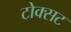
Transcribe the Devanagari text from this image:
टोक्सट